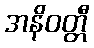
အနိဝတ္တီ